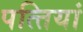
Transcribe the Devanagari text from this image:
पत्‍तियां